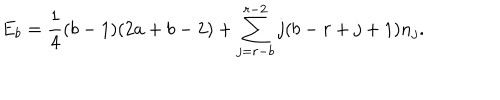
E _ { b } = \frac { 1 } { 4 } ( b - 1 ) ( 2 a + b - 2 ) + \sum _ { j = r - b } ^ { r - 2 } j ( b - r + j + 1 ) n _ { j } .